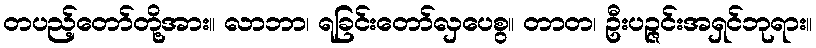
တပည့်တော်တို့အား။ လာဘာ၊ ရခြင်းတော်လှပေစွ။ တာတ၊ ဦးပဉ္ဇင်းအရှင်ဘုရား။